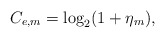
\begin{align*}C_{e,m}=\log_2(1+\eta_m),\end{align*}